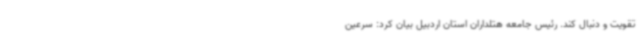
تقویت و دنبال کند. رئیس جامعه هتلداران استان اردبیل بیان کرد: سرعین